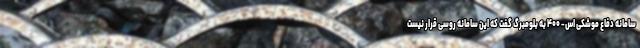
سامانه دفاع موشکی اس- ۴۰۰ به بلومبرگ گفت که این سامانه روسی قرار نیست